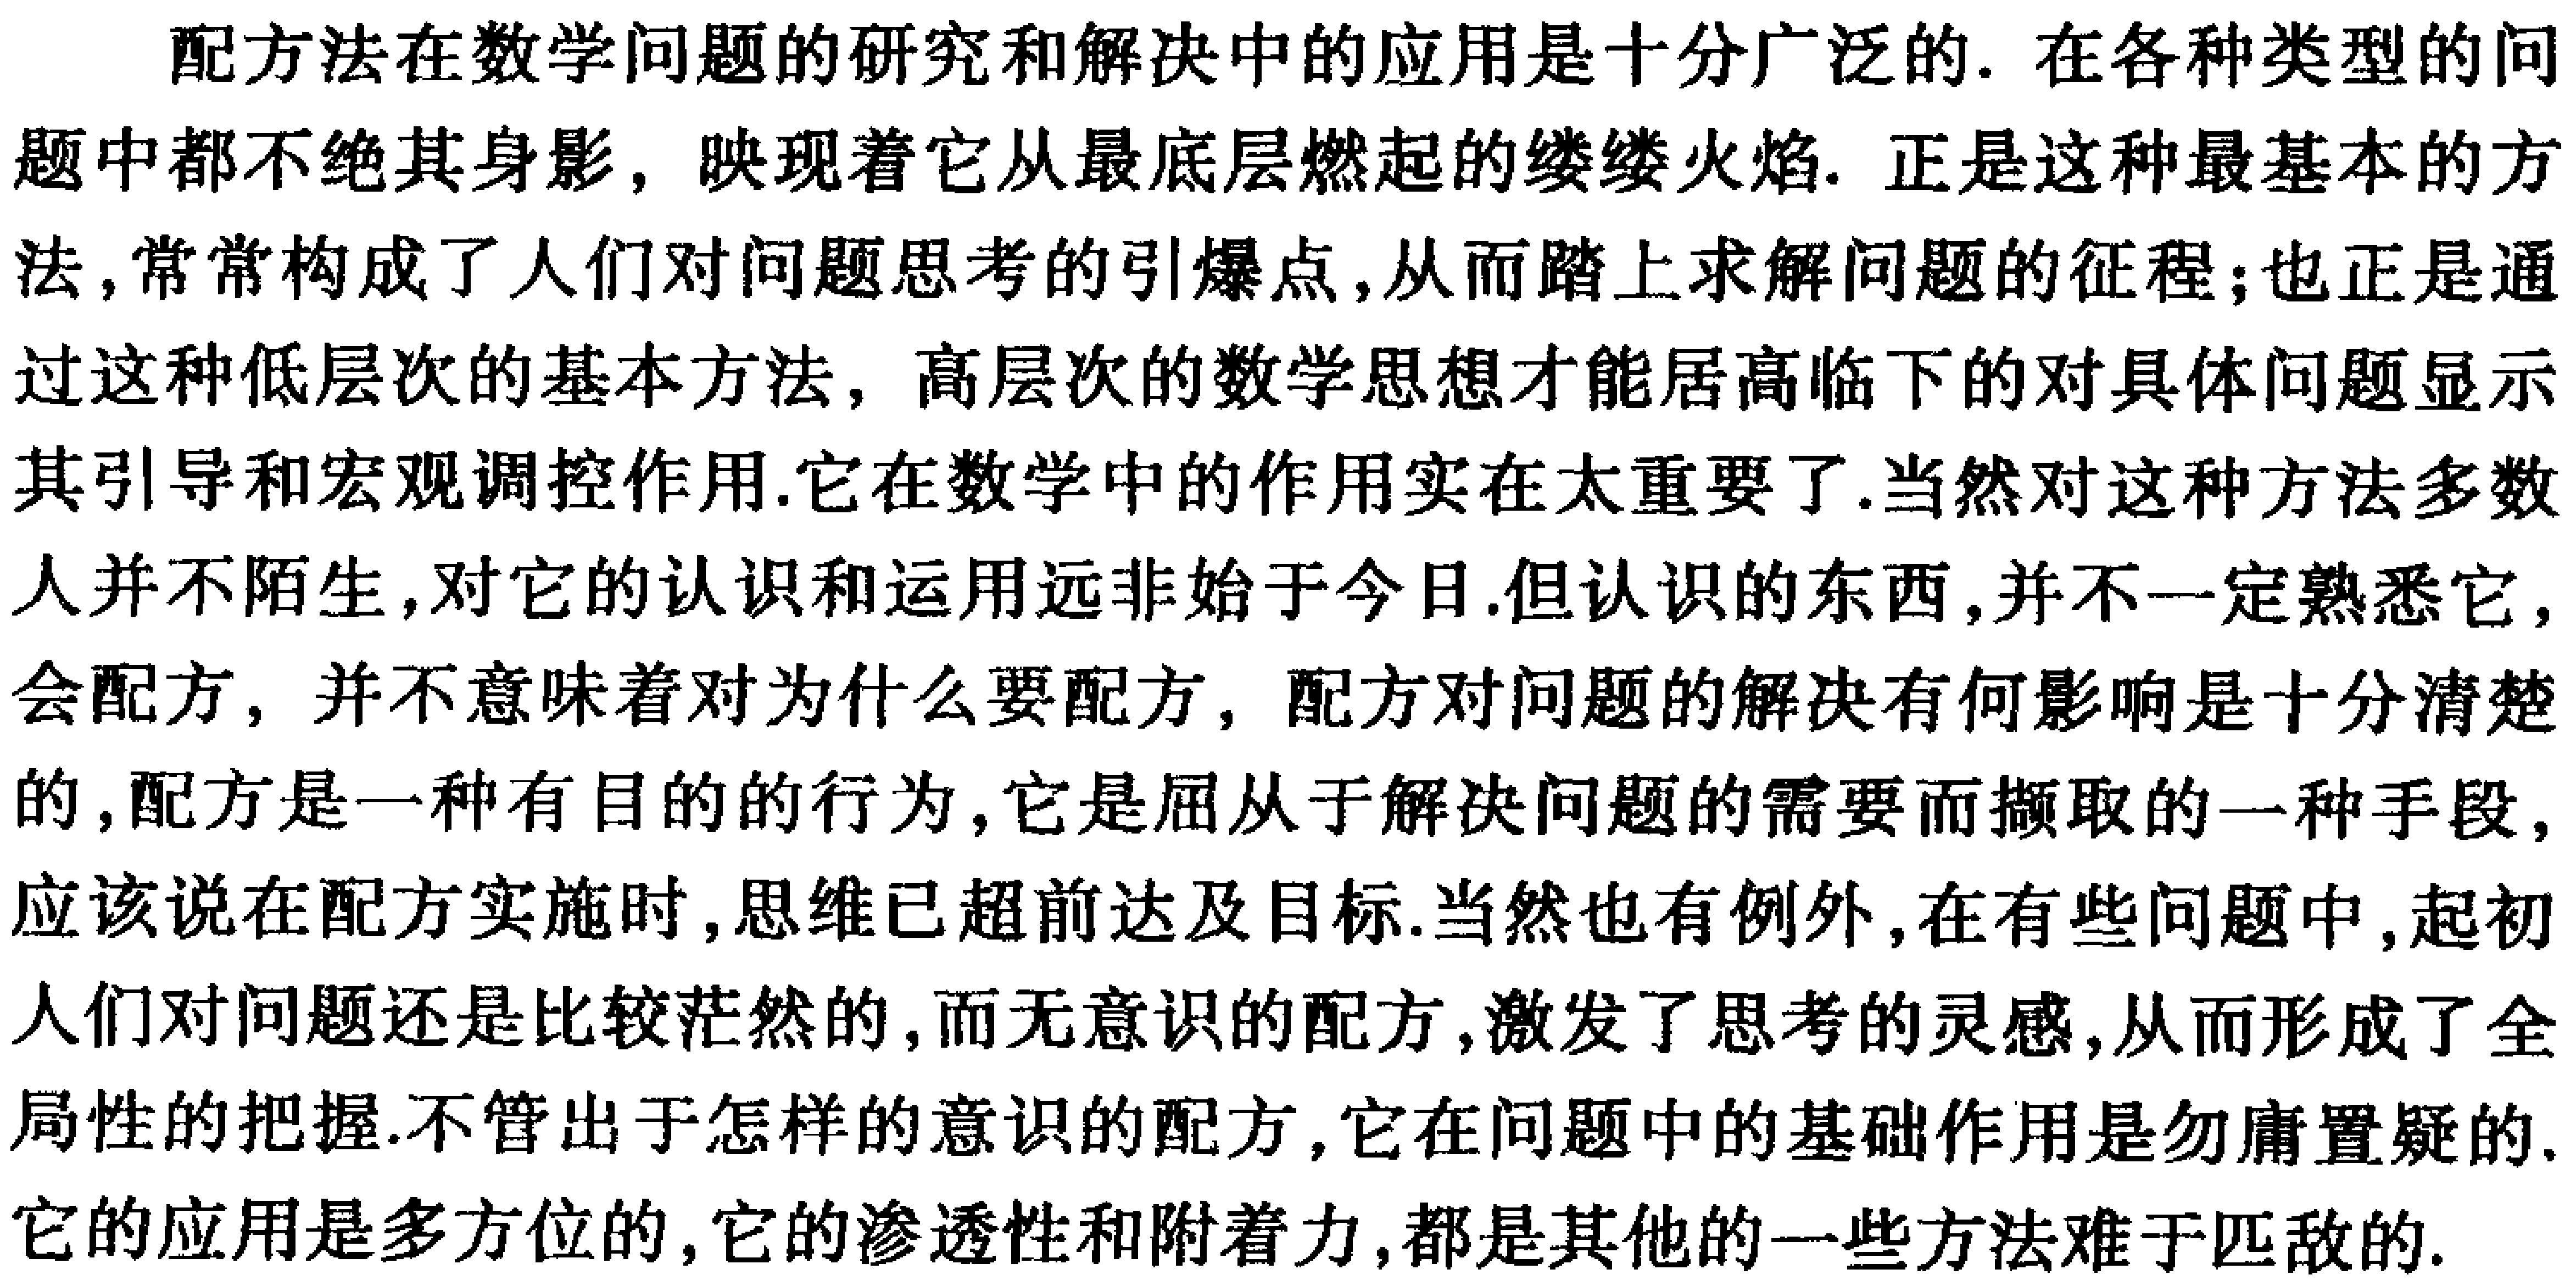
配方法在数学问题的研究和解决中的应用是十分广泛的. 在各种类型的问题中都不绝其身影，映现着它从最底层燃起的缕缕火焰. 正是这种最基本的方法,常常构成了人们对问题思考的引爆点,从而踏上求解问题的征程;也正是通过这种低层次的基本方法，高层次的数学思想才能居高临下的对具体问题显示其引导和宏观调控作用.它在数学中的作用实在太重要了.当然对这种方法多数人并不陌生,对它的认识和运用远非始于今日.但认识的东西,并不一定熟悉它，会配方，并不意味着对为什么要配方，配方对问题的解决有何影响是十分清楚的,配方是一种有目的的行为,它是屈从于解决问题的需要而撷取的一种手段，应该说在配方实施时,思维已超前达及目标.当然也有例外,在有些问题中,起初人们对问题还是比较茫然的,而无意识的配方,激发了思考的灵感,从而形成了全局性的把握.不管出于怎样的意识的配方,它在问题中的基础作用是勿庸置疑的.它的应用是多方位的,它的渗透性和附着力,都是其他的一些方法难于匹敌的.